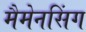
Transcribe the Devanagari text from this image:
मैमेनसिंग